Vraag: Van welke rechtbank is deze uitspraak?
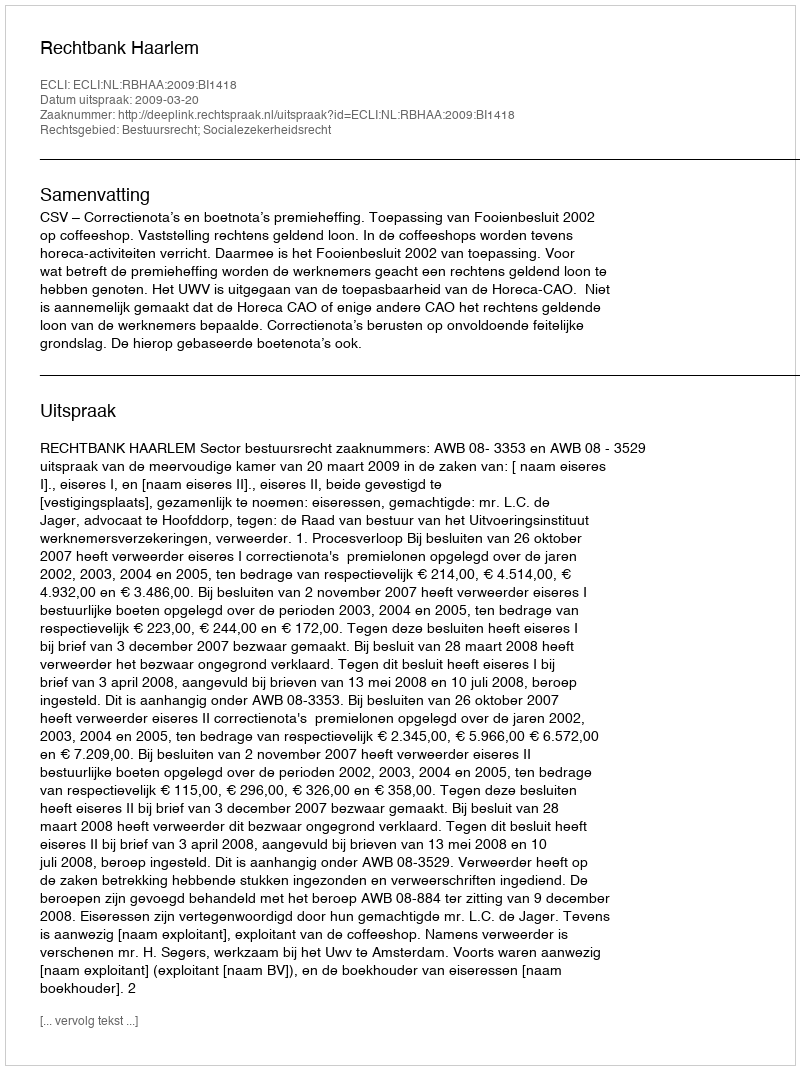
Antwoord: Rechtbank Haarlem